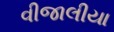
વીજાલીયા